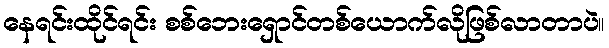
နေရင်းထိုင်ရင်း စစ်ဘေးရှောင်တစ်ယောက်လိုဖြစ်လာတာပဲ။